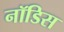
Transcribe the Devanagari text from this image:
नॉडिस